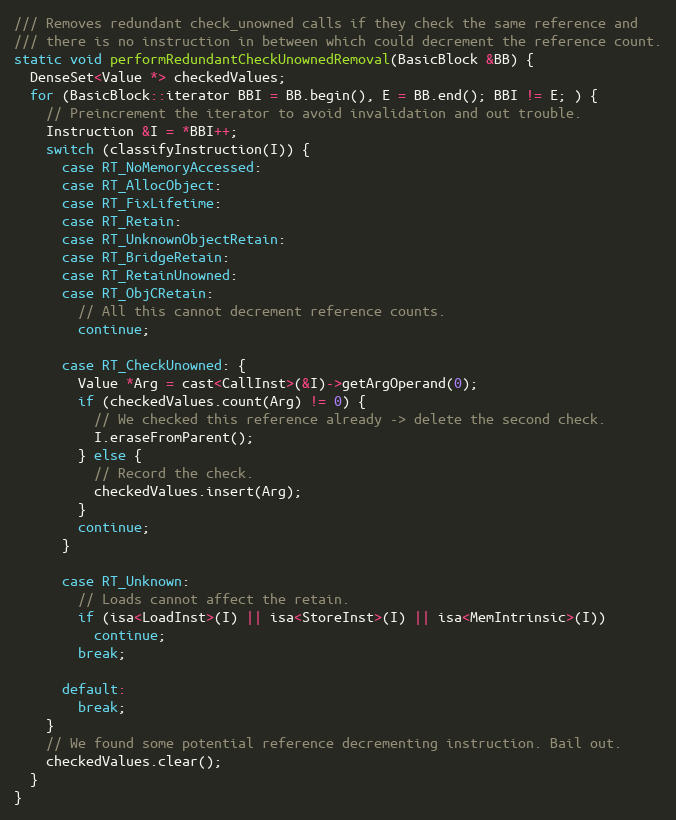
Language: C++
/// Removes redundant check_unowned calls if they check the same reference and
/// there is no instruction in between which could decrement the reference count.
static void performRedundantCheckUnownedRemoval(BasicBlock &BB) {
  DenseSet<Value *> checkedValues;
  for (BasicBlock::iterator BBI = BB.begin(), E = BB.end(); BBI != E; ) {
    // Preincrement the iterator to avoid invalidation and out trouble.
    Instruction &I = *BBI++;
    switch (classifyInstruction(I)) {
      case RT_NoMemoryAccessed:
      case RT_AllocObject:
      case RT_FixLifetime:
      case RT_Retain:
      case RT_UnknownObjectRetain:
      case RT_BridgeRetain:
      case RT_RetainUnowned:
      case RT_ObjCRetain:
        // All this cannot decrement reference counts.
        continue;

      case RT_CheckUnowned: {
        Value *Arg = cast<CallInst>(&I)->getArgOperand(0);
        if (checkedValues.count(Arg) != 0) {
          // We checked this reference already -> delete the second check.
          I.eraseFromParent();
        } else {
          // Record the check.
          checkedValues.insert(Arg);
        }
        continue;
      }

      case RT_Unknown:
        // Loads cannot affect the retain.
        if (isa<LoadInst>(I) || isa<StoreInst>(I) || isa<MemIntrinsic>(I))
          continue;
        break;

      default:
        break;
    }
    // We found some potential reference decrementing instruction. Bail out.
    checkedValues.clear();
  }
}